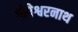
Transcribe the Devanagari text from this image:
गोपेश्वरनाथ